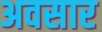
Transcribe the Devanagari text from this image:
अवसार